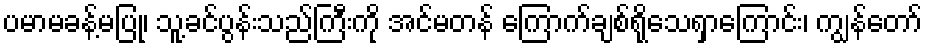
ပမာမခန့်မပြု၊ သူ့ခင်ပွန်းသည်ကြီးကို အင်မတန် ကြောက်ချစ်ရိုသေရှာကြောင်း၊ ကျွန်တော်